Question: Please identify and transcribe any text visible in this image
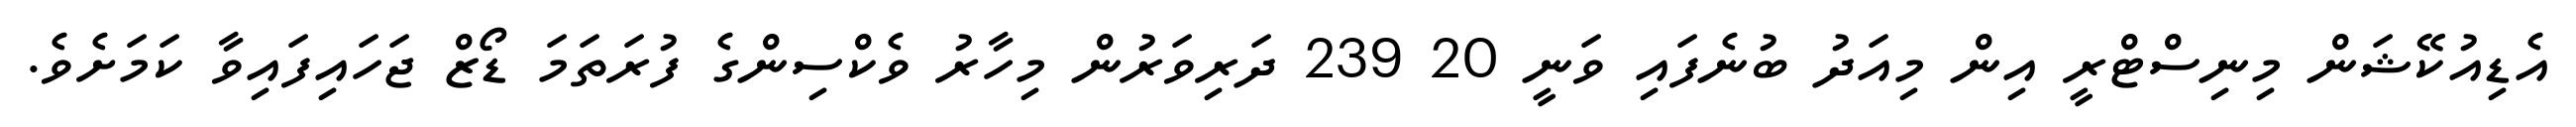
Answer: އެޑިއުކޭޝަން މިނިސްޓްރީ އިން މިއަދު ބުނެފައި ވަނީ 20 239 ދަރިވަރުން މިހާރު ވެކްސިންގެ ފުރަތަމަ ޑޯޒް ޖަހައިފައިވާ ކަމަށެވެ.